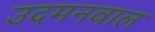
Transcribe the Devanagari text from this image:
उदमनवाल